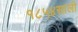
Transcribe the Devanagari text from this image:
१८५४साली